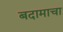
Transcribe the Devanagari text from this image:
बदामाचा